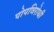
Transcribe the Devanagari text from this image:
पोपविरोधी